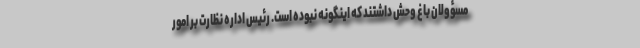
مسؤولان باغ وحش داشتند که اینگونه نبوده است. رئیس اداره نظارت بر امور